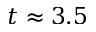
t \approx 3 . 5